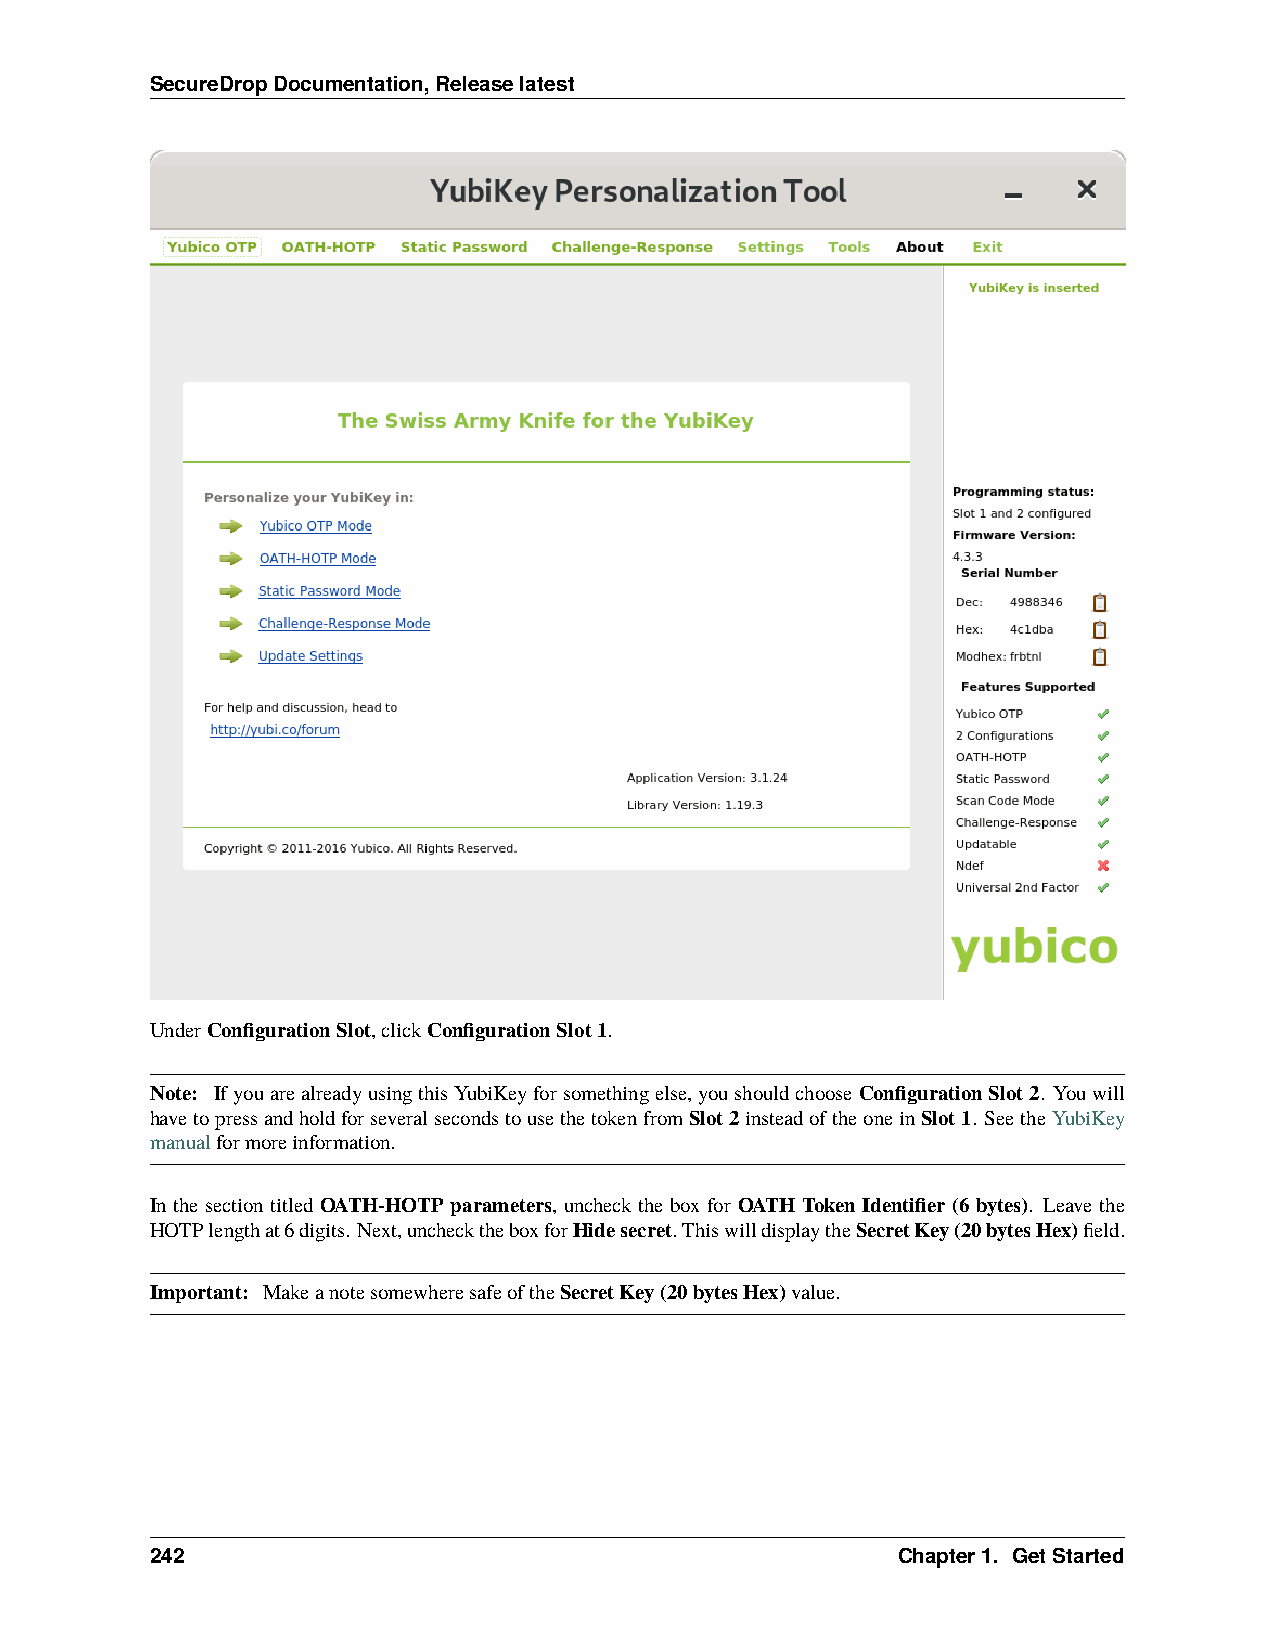
SecureDropDocumentation,Releaselatest
 UnderConfigurationSlot,clickConfigurationSlot1.
 Note: IfyouarealreadyusingthisYubiKeyforsomethingelse,youshouldchooseConfigurationSlot2. Youwill
 havetopressandholdforseveralsecondstousethetokenfromSlot2insteadoftheoneinSlot1. SeetheYubiKey
 manualformoreinformation.
 In the section titled OATH-HOTP parameters, uncheck the box for OATH Token Identifier (6 bytes). Leave the
 HOTPlengthat6digits. Next,unchecktheboxforHidesecret. ThiswilldisplaytheSecretKey(20bytesHex)field.
 Important: MakeanotesomewheresafeoftheSecretKey(20bytesHex)value.
 242                                              Chapter1. GetStarted